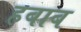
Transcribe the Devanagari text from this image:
हबाब